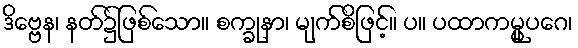
ဒိဗ္ဗေန၊ နတ်၌ဖြစ်သော။ စက္ခုနာ၊ မျက်စိဖြင့်။ ပ။ ပထာကမ္မူပဂေ၊